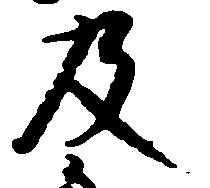
及